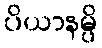
ပိယာနမ္ပိ